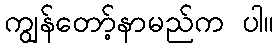
ကျွန်တော့်နာမည်က ပါ။